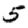
Digit: 5